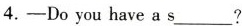
4.-Do you have a s___?